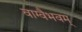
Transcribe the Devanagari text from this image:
वाग्वैभवम्